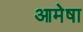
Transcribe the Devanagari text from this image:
आमेषा